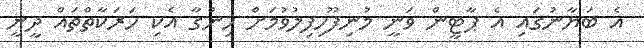
އެ ބަޔާނުގައި އެ ޕާޓީން ވަނީ މުނިފޫހިފިލުވުމަށް ހިންގާ އެކި ހަރަކާތްތައް ދީނީ